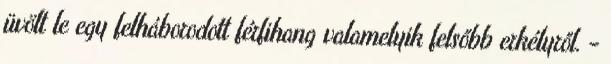
üvölt le egy felháborodott férfihang valamelyik felsőbb erkélyről. -